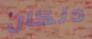
دنكان